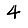
Digit: 4